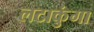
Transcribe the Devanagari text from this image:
लटाकुंगा